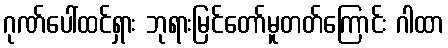
ဂုဏ်ပေါ်ထင်ရှား ဘုရားမြင်တော်မူတတ်ကြောင်း ဂါထာ